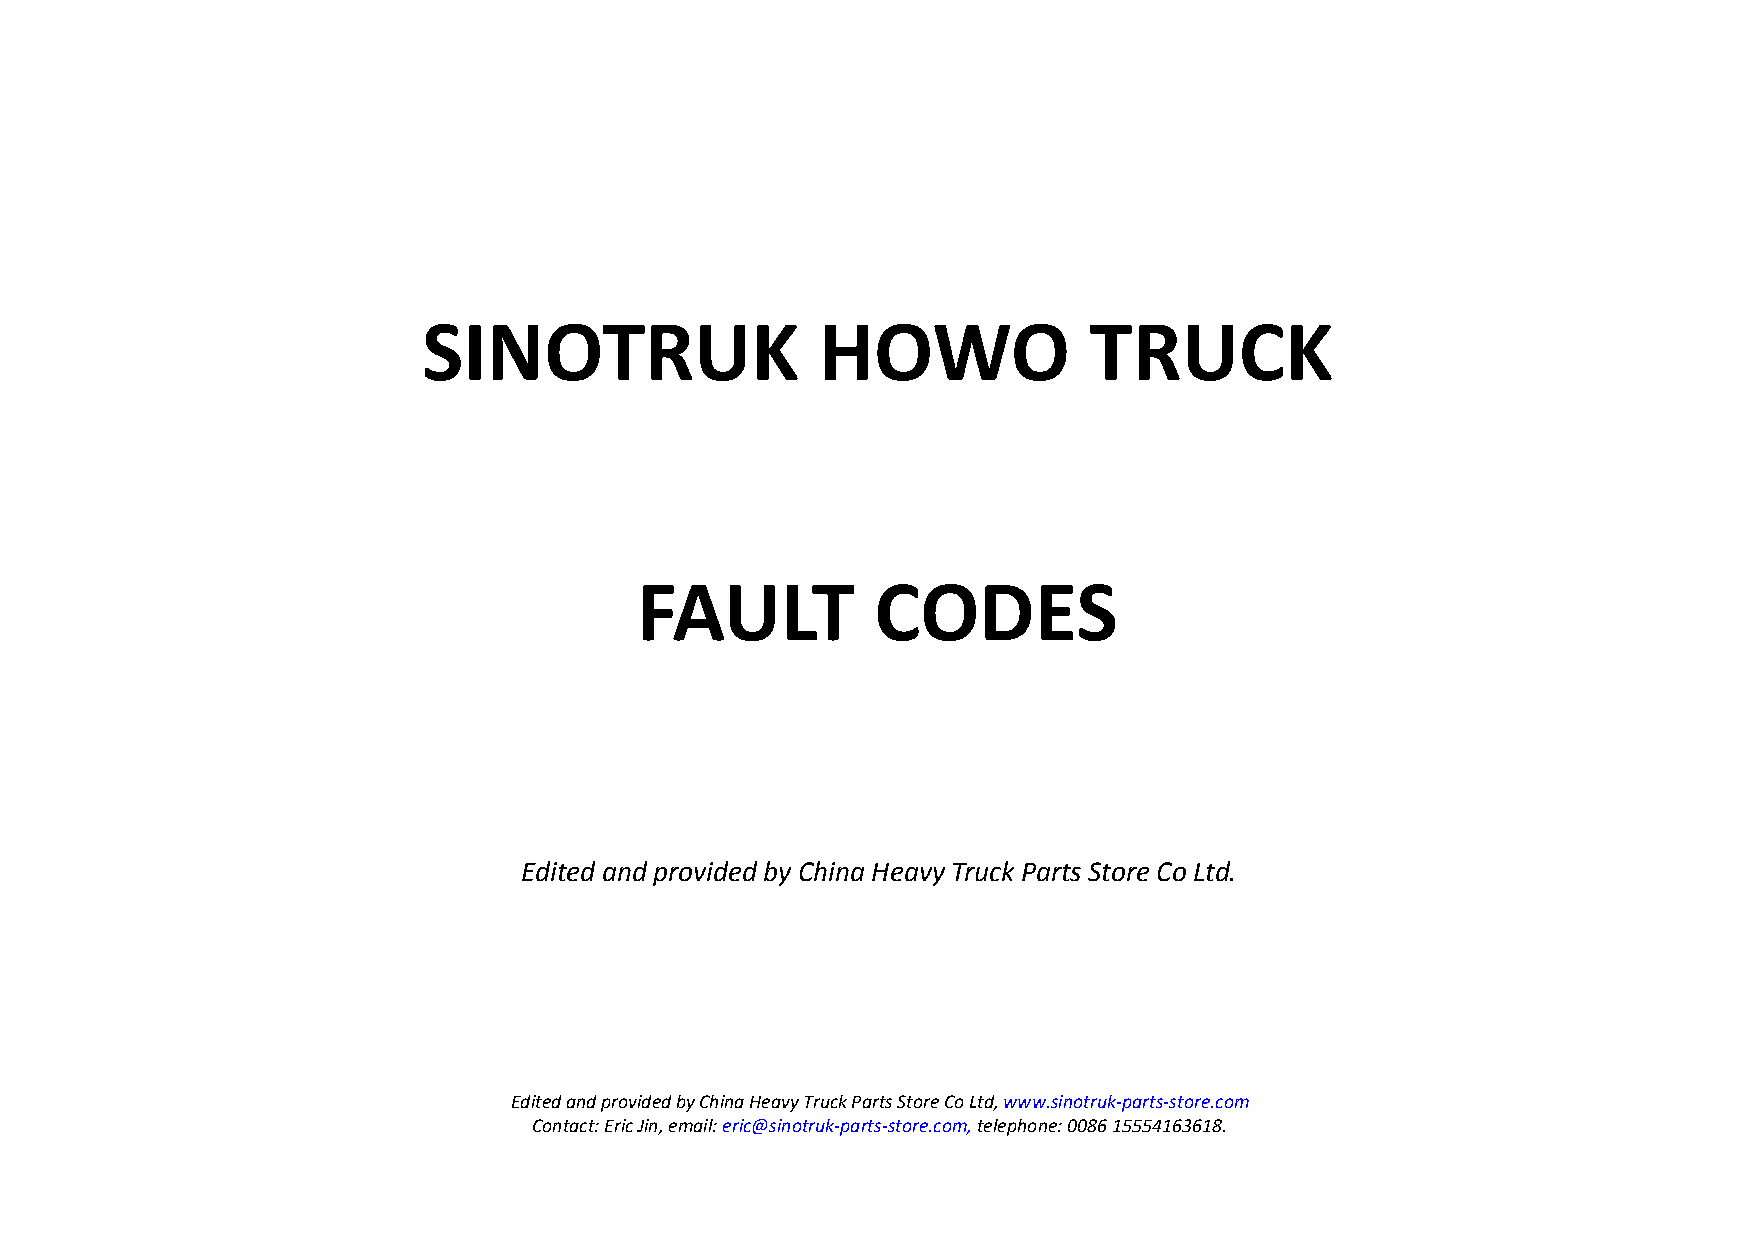
SINOTRUK                  HOWO              TRUCK
 FAULT           CODES
 Editedand provided by China Heavy Truck Parts Store Co Ltd.
 EditedandprovidedbyChinaHeavyTruckPartsStoreCoLtd,www.sinotruk-parts-store.com
 Contact:EricJin,email:eric@sinotruk-parts-store.com,telephone:008615554163618.